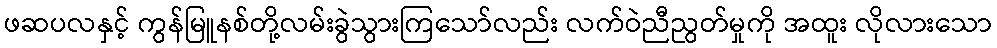
ဖဆပလနှင့် ကွန်မြူနစ်တို့လမ်းခွဲသွားကြသော်လည်း လက်ဝဲညီညွတ်မှုကို အထူး လိုလားသော